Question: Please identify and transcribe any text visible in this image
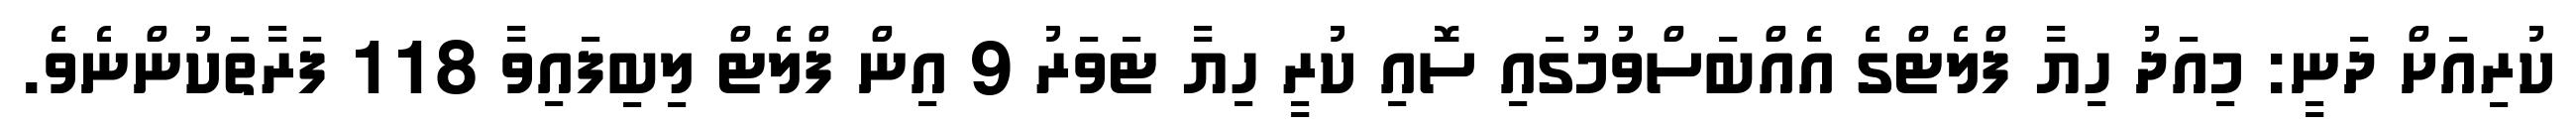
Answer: ކުރިއަށް ދަނީ: މިއަދު ހިޔާ ފްލެޓްގެ އެއްބަސްވުމުގައި ސޮއި ކުރީ ހިޔާ ޓަވަރު 9 އިން ފްލެޓް ލިބިފައިވާ 118 ފަރާތަކުންނެވެ.